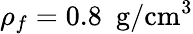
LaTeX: \rho_{f}=0.8~~\mathrm{g/cm^{3}}